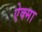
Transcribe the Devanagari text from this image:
ऐक्मा